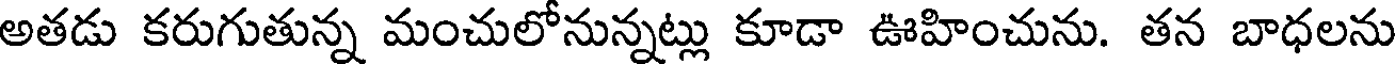
అతడు కరుగుతున్న మంచులోనున్నట్లు కూడా ఊహించును. తన బాధలను